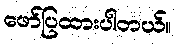
ဖော်ပြထားပါတယ်။